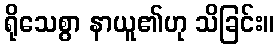
ရိုသေစွာ နာယူ၏ဟု သိခြင်း။